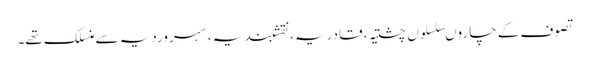
تصوف کے چاروںسلسلوں چشتیہ، قادریہ، نقشبندیہ، سہروردیہ سے منسلک تھے۔